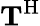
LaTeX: {\mathbf T}^{\mathrm{H}}